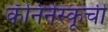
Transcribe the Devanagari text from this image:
कॅनिनेस्कूची